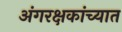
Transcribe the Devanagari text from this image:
अंगरक्षकांच्यात